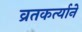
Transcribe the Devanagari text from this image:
व्रतकर्त्याने